Annual report of the Punjab Veterinary College and of the Civil Veterinary Department, Punjab - 1926-1932
Year: 1926
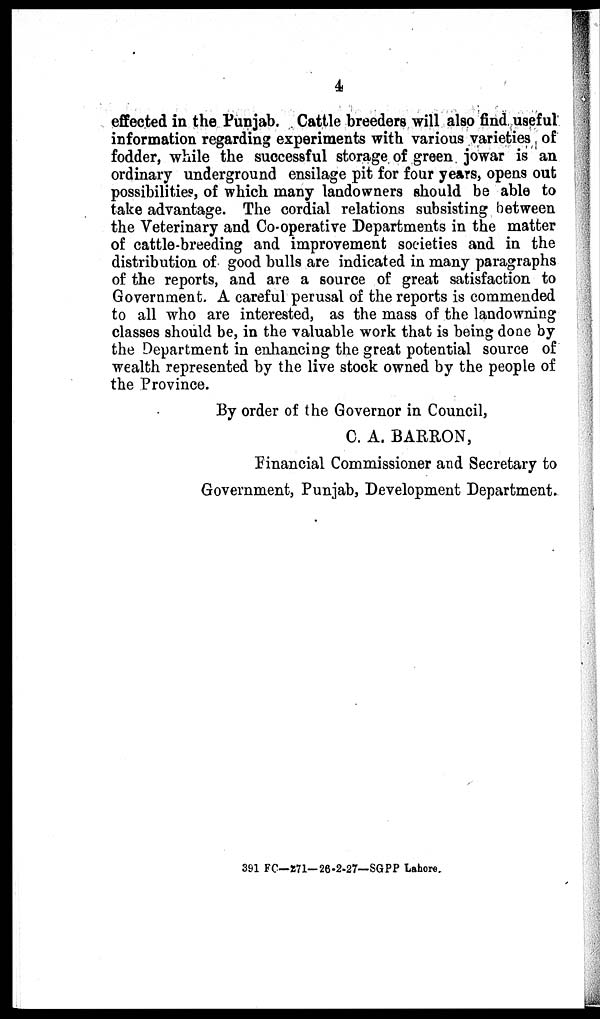
4
effected in the Punjab. Cattle breeders will also find useful
information regarding experiments with various varieties of
fodder, while the successful storage of green jowar is an
ordinary underground ensilage pit for four years, opens out
possibilities, of which many landowners should be able to
take advantage. The cordial relations subsisting between
the Veterinary and Co-operative Departments in the matter
of cattle-breeding and improvement societies and in the
distribution of good bulls are indicated in many paragraphs
of the reports, and are a source of great satisfaction to
Government. A careful perusal of the reports is commended
to all who are interested, as the mass of the landowning
classes should be, in the valuable work that is being done by
the Department in enhancing the great potential source of
wealth represented by the live stock owned by the people of
the Province.
By order of the Governor in Council,
C. A. BARRON,
Financial Commissioner and Secretary to
Government, Punjab, Development Department.
391 FC—271—26-2-27—SGPP Lahore.